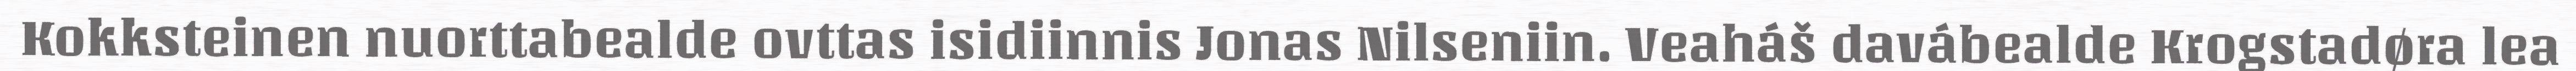
Kokksteinen nuorttabealde ovttas isidiinnis Jonas Nilseniin. Veaháš davábealde Krogstadøra lea